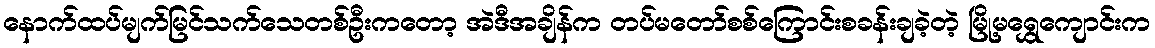
နောက်ထပ်မျက်မြင်သက်သေတစ်ဦးကတော့ အဲဒီအချိန်က တပ်မတော်စစ်ကြောင်းစခန်းချခဲ့တဲ့ မြို့မရွှေကျောင်းက